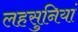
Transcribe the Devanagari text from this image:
लहसुनियां